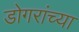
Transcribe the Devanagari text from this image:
डोगरांच्या